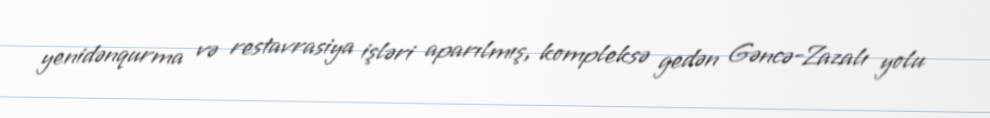
yenidənqurma və restavrasiya işləri aparılmış, kompleksə gedən Gəncə-Zazalı yolu